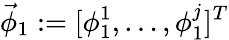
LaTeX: \vec{\phi}_{1}:=[\phi_{1}^{1},\dots,\phi_{1}^{j}]^{T}